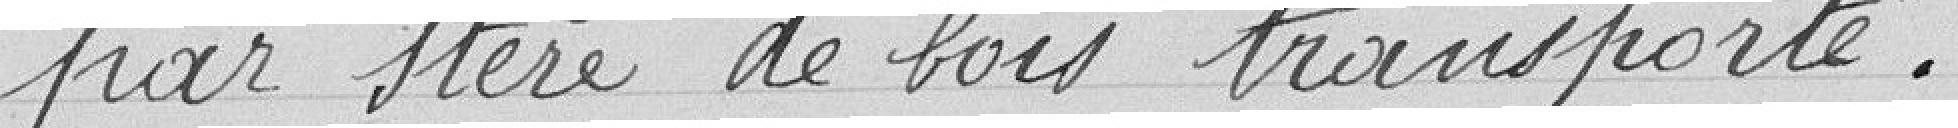
par stère de bois transporté.